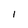
Character: l